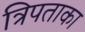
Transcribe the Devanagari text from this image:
त्रिपताका